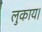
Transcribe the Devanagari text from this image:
लुकाय।